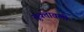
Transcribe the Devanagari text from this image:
सूक्तावली